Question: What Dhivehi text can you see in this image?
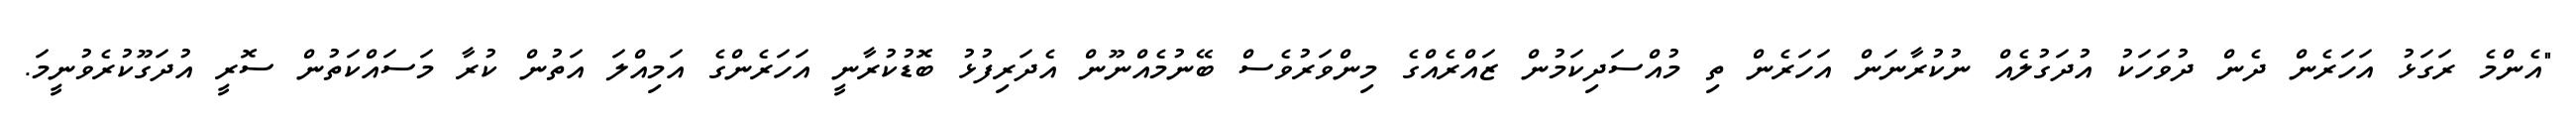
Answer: "އެންމެ ރަގަޅު އަހަރެން ދެން ދުވަހަކު އުދަގުލެއް ނުކުރާނަން އަހަރެން ތި މުއްސަދިކަމުން ޒައްރެއްގެ މިންވަރުވެސް ބޭނުމެއްނޫން އެދަރިފުޅު ބޮޑުކުރާނީ އަހަރެންގެ އަމިއްލަ އަތުން ކުރާ މަސައްކަތުން ސޮރީ އުދަގޫކުރެވުނީމަ.